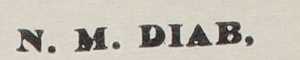
N.M. DIAB,